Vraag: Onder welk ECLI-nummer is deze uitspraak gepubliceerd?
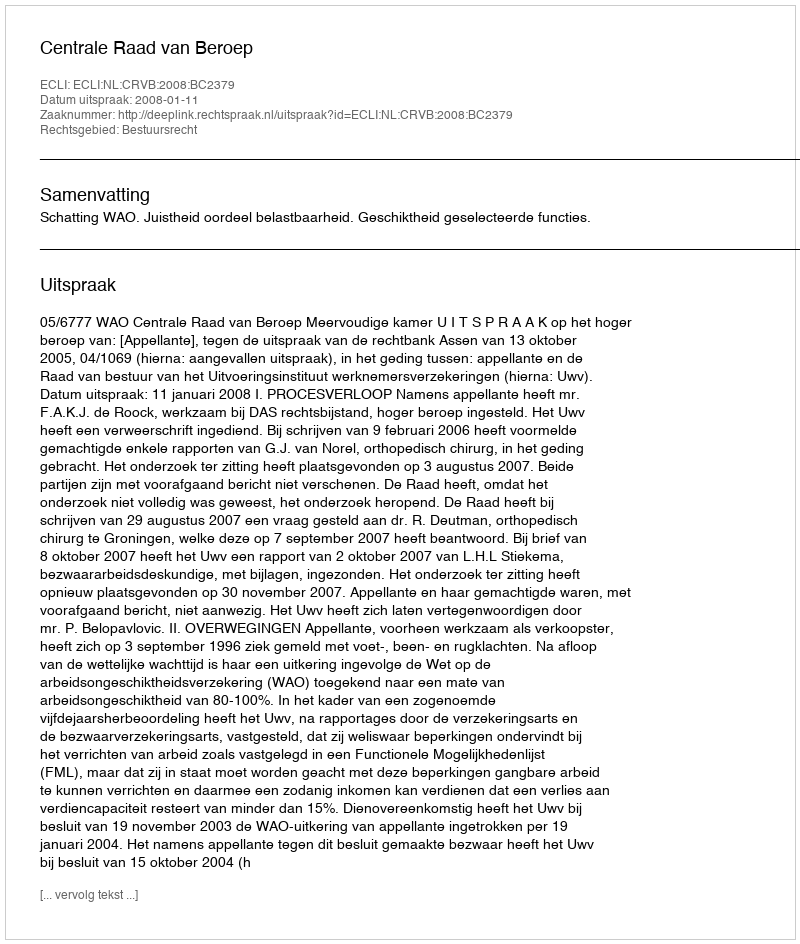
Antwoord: ECLI:NL:CRVB:2008:BC2379